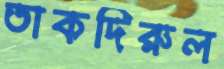
তাকদিরুল